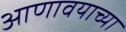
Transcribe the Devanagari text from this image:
आणावयाच्या